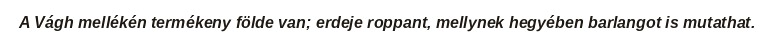
A Vágh mellékén termékeny földe van; erdeje roppant, mellynek hegyében barlangot is mutathat.